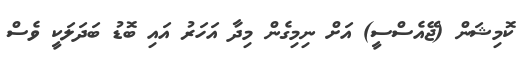
ކޮމިޝަން (ޖޭއެސްސީ) އަށް ނިމިގެން މިދާ އަހަރު އައި ބޮޑު ބަދަލަކީ ވެސް